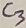
Text: C3